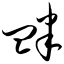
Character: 衅